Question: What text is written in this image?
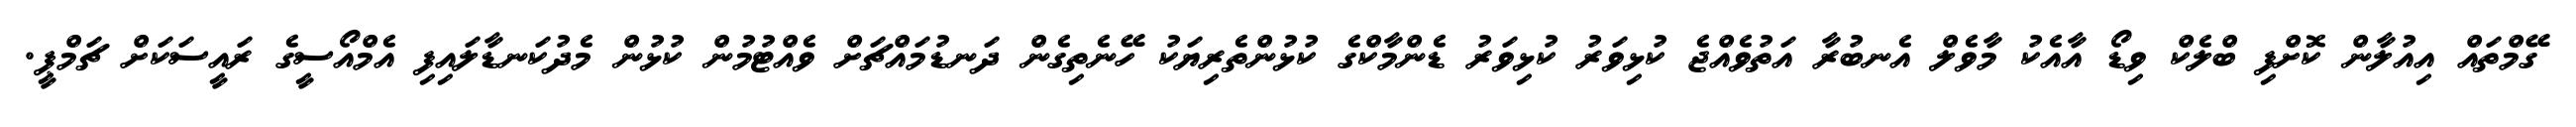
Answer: ގޭމްތައް އިއުލާން ކޮށްފި ބްލެކް ވިޑޯ އާއެކު މާވެލް އެނބުރާ އަތުވެއްޖެ ކުޅިވަރު ކުޅިވަރު ޑެންމާކްގެ ކުޅުންތެރިޔަކު ހޭނެތިގެން ދަނޑުމައްޗަށް ވެއްޓުމުން ކުޅުން މެދުކަނޑާލައިފި އެމްއޯސީގެ ރައީސަކަށް ޗަމްޕީ.